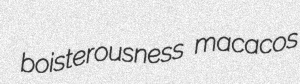
boisterousness macacos